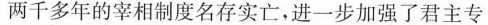
两千多年的宰相制度名存实亡，进一步加强了君主专